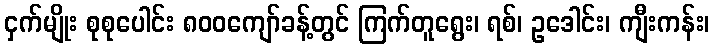
ငှက်မျိုး စုစုပေါင်း ၈၀၀ကျော်ခန့်တွင် ကြက်တူရွေး၊ ရစ်၊ ဥဒေါင်း၊ ကျီးကန်း၊